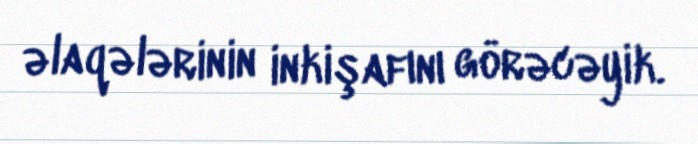
əlaqələrinin inkişafını görəcəyik.